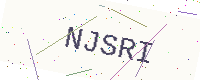
Text: NJSRI